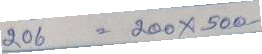
206 = 200x500